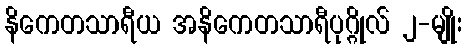
နိကေတသာရီယ အနိကေတသာရီပုဂ္ဂိုလ် ၂-မျိုး